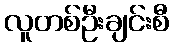
လူတစ်ဦးချင်းစီ